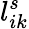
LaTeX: l_{ik}^{s}